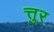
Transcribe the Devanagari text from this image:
त्तुर